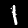
Digit: 1